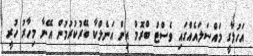
އަހުލާގީ މައްސަލައެއްގައި ވެސްޓް ބްރޮމް އިން އަނެލްކާ ބޭރުކުރުމުން އޭނާ މިހާރު ހުރީ